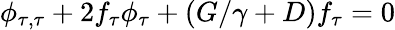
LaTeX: \phi_{\tau,\tau}+2f_{\tau}\phi_{\tau}+(G/\gamma+D)f_{\tau}=0